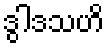
ဒွါဒသဟိ